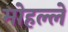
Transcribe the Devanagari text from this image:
मोहल्लें